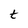
Character: t